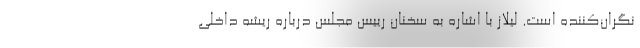
نگران‌کننده است. لیلاز با اشاره به سخنان رییس مجلس درباره ریشه داخلی